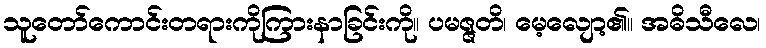
သူတော်ကောင်းတရားကိုကြားနာခြင်းကို။ ပမဇ္ဇတိ၊ မေ့လျော့၏။ အဓိသီလေ၊